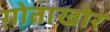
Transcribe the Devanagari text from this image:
ग़ोताखोर